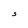
Character: S